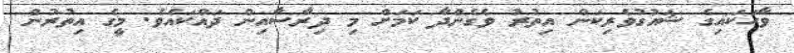
ވާހަކައިގެ ޝައުގުވެރިކަން އިތުރު ވެގެންދާ ކަމަށް މި ދިރާސާއިން ދައްކައެވެ. މީގެ އިތުރުން